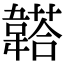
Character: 𩏒